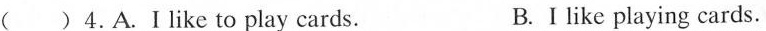
( )4.A.Ⅰlike to play cards. B. Ⅰ like playing cards.